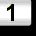
Digit: 1